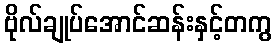
ဗိုလ်ချုပ်အောင်ဆန်းနှင့်တကွ